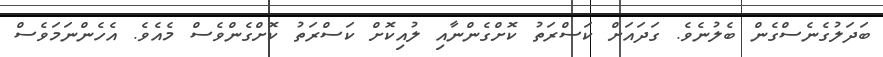
ބަދަލުގެނެސްގެން ބެލުނެވެ. ގަދައަށް ކަސްރަތު ކޮށްގެންނާއި ލުއިކޮށް ކަސްރަތު ކޮށްގެންވެސް މެއެވެ. އެހެންނަމަވެސް